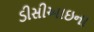
ડીસીઆઇના